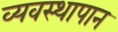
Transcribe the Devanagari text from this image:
व्यवस्थापान